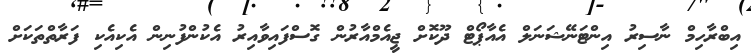
އިބްރާހިމް ނާސިރު އިންޓަނޭޝަނަލް އެއާޕޯޓް ދޫކޮށް ޖީއެމްއާރުން ގޮސްފައިވާއިރު އެކުންފުނިން އެކިއެކި ފަރާތްތަކަށް